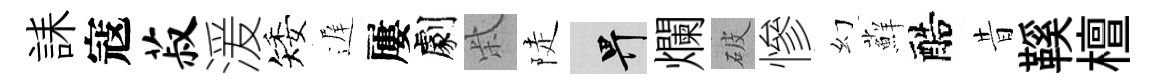
誄寇菽湲矮遅屢劇柴陡畀爛破慘幻蘚醅昔鞵檀